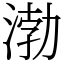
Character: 渤